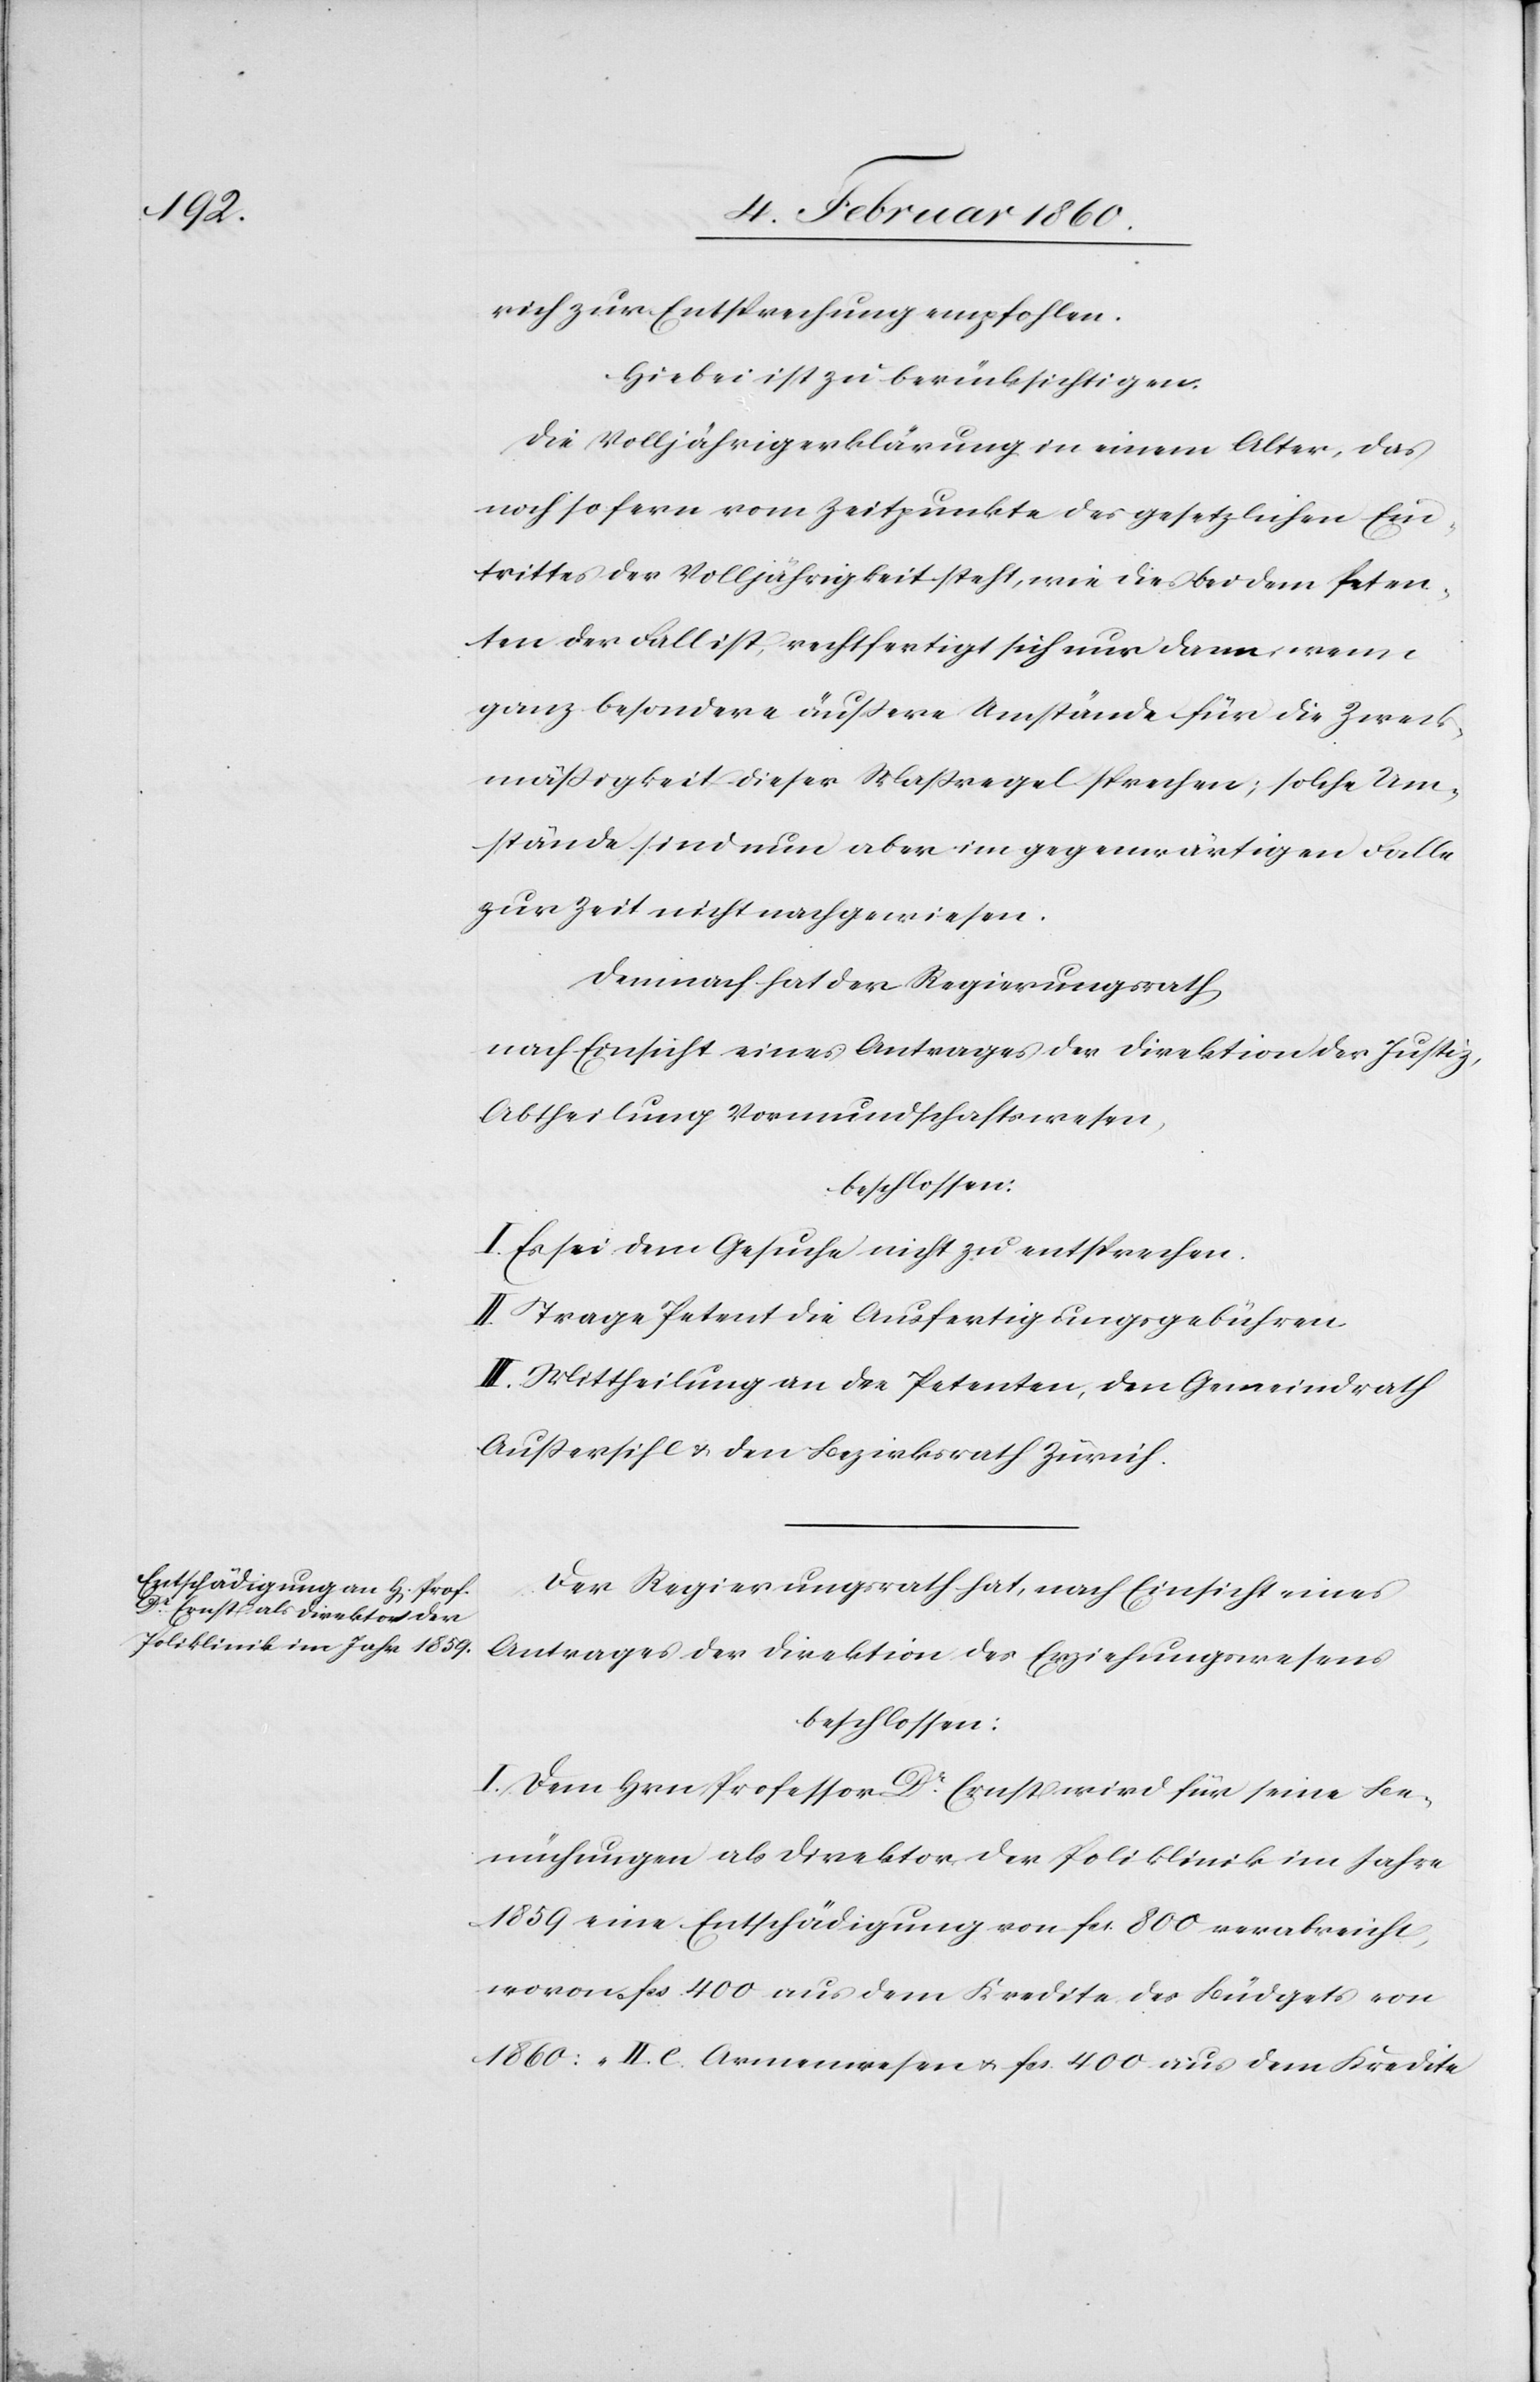
rich zur Entsprechung empfohlen.
Hiebei ist zu berücksichtigen.
Die Volljährigerklärung in einem Alter, das
noch so fern vom Zeitpunkte des gesetzlichen Ein¬
tretens der Volljährigkeit steht wie dies bei dem Peten¬
ten der Fall, rechtfertigt sich nur dann, wenn
ganz besondere äussere Umstände für die Zweck¬
mässigkeit dieser Massregel sprechen; solche Um¬
stände sind nun aber im gegenwärtigen Falle
zur Zeit nicht nachgewiesen.
demnach hat der Regierungsrath,
nach Ansicht eines Antrages der Direktion der Justiz,
Abtheilung Vormundschaftswesen,
beschlossen:
I. Es sei dem Gesuche nicht zu entsprechen.
II. Trage Petent die Ausfertigungsgebühren.
III. Mittheilung an die Petenten, den Gemeindrath
Aussersihl u. den Bezirksrath Zürich.
Der Regierungsrath hat, nach Einsicht eines
Antrages der Direktion des Erziehungswesens
beschlossen:
I. Dem Hrn Professor Dr Ernst wird für seine Be¬
mühungen als Direktor der Poliklinik im Jahre
1859 eine Entschädigung von fcs. 800 verabreicht,
wovon fcs. 400 aus dem Kredite des Büdgets von
1860: „II. C. Armenwesen[“] u. fcs. 400 aus dem Kredite